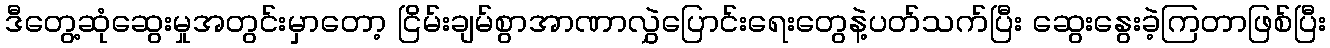
ဒီတွေ့ဆုံဆွေးမှုအတွင်းမှာတော့ ငြိမ်းချမ်စွာအာဏာလွှဲပြောင်းရေးတွေနဲ့ပတ်သက်ပြီး ဆွေးနွေးခဲ့ကြတာဖြစ်ပြီး